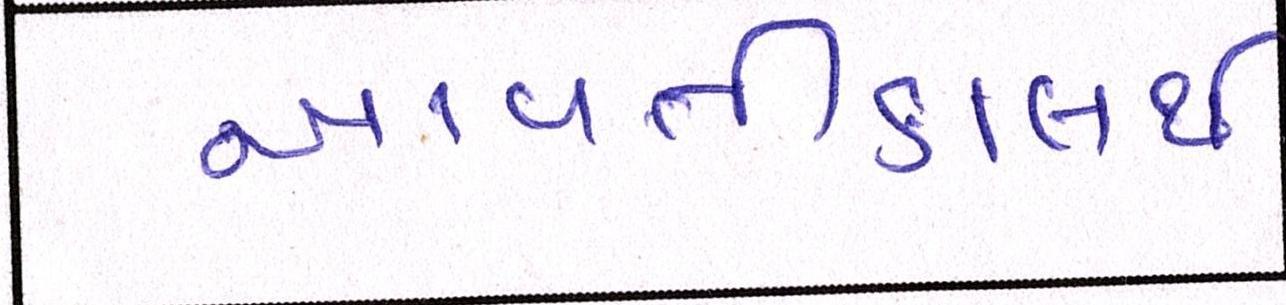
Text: આવતીકાલથી